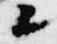
上